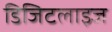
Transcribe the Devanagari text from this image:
डिजिटलाइज